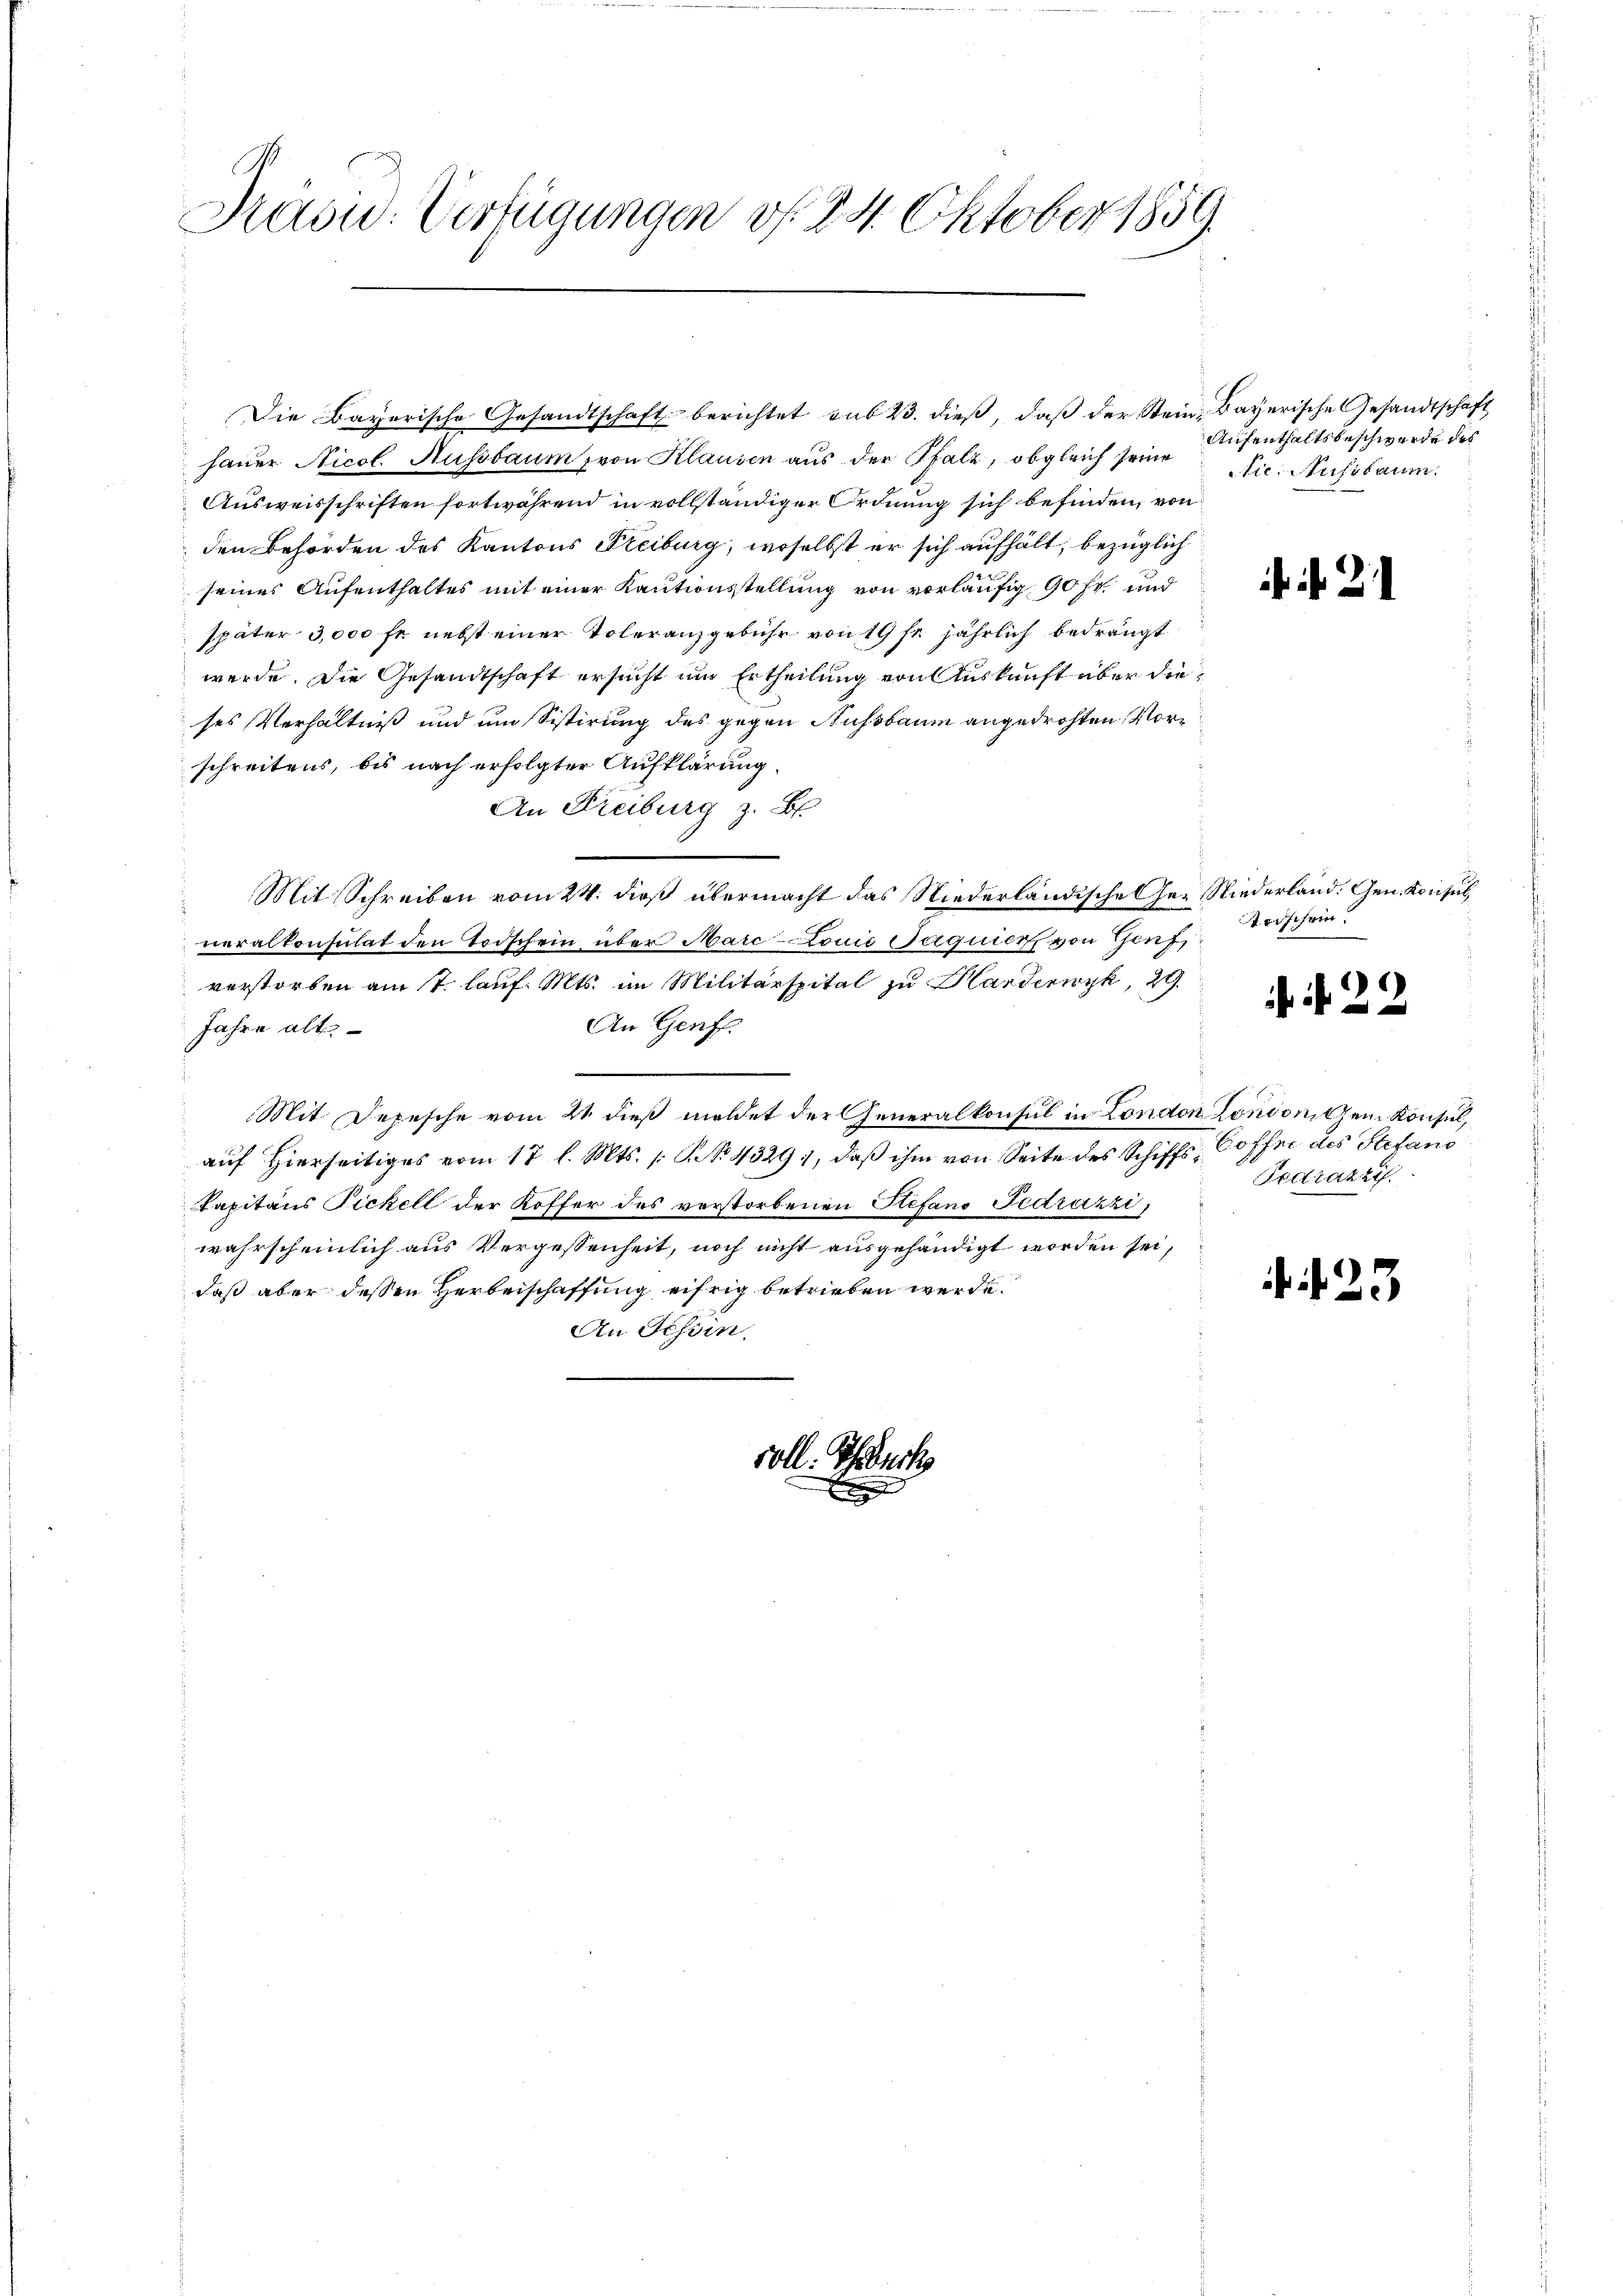
Prasic: Verfügungen d. 24. Oktober 1859.

Die Bayerische Gesandtschaft berichtet sub 23. dieß, daß der Stein-Bayerische Gesandtschaft
hauer Nicol. Aussbaum, von Klausen aus der Pfalz, obgleich seine Nic. Nussbaum.
Ausweisschriften fortwährend in vollständiger Ordnung sich befinden, von
den Behörden des Kantons Freiburg, woselbst er sich aufhält, bezüglich
seines Aufenthaltes mit einer Kautionsstellung von vorläufig 90 fr. und
später 3,000 fr. nebst einer Voleranzgebühr von 19 fr. jährlich bedrängt
werde. Die Gesandtschaft ersucht um Ertheilung von Auskunft über die
ses Verhältniß und um Sistirung des gegen Aussbaum angedrohten Morschreitens, bis nach erfolgter Aufklärung.
An Freiburg z. B.
Mit Schreiben vom 24. dieß übermacht das Niederländische Ger Niederland. Gen. Konsul
1
veralkonsulat den Todschein über Marconić aquier, von Genf
verstorben am 7. lauf. Mts. im Militärspital zu Handerwyk, 29.
An Genf.
Jahre alt
Mit. Depesche vom 21. dieß meldet der Generalkonsul in London London dem Konsul,
auf Hierseitiges vom 17 l. Mts. [S. NNo. 4329), daß ihm von Seite des Schiffs- Coffe des Stefand
Tapitaus Pickell der Koffer des verstorbenen Stefano Fedrazzi,
wahrscheinlich aus Vergessenheit, noch nicht ausgehändigt worden sei,
daß aber dessen Herbeischaffung eifrig betrieben werde.
An Schein.
voll. Ich buch
E

Aufenthaltsbeschwerde des

i. d. 21

Todschein.

)
 i

Fedrazzi.

. 23